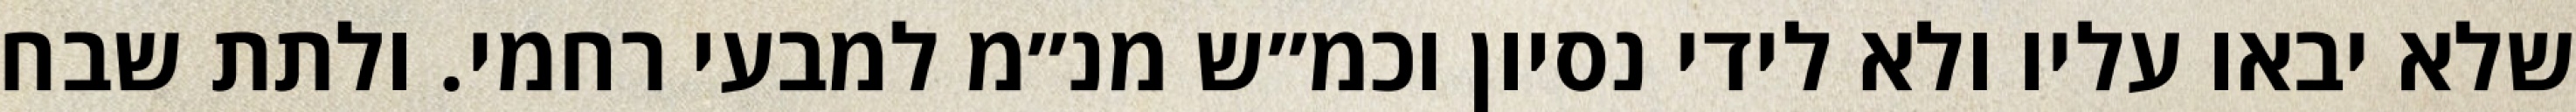
שלא יבאו עליו ולא לידי נסיון וכמ״ש מנ״מ למבעי רחמי. ולתת שבח